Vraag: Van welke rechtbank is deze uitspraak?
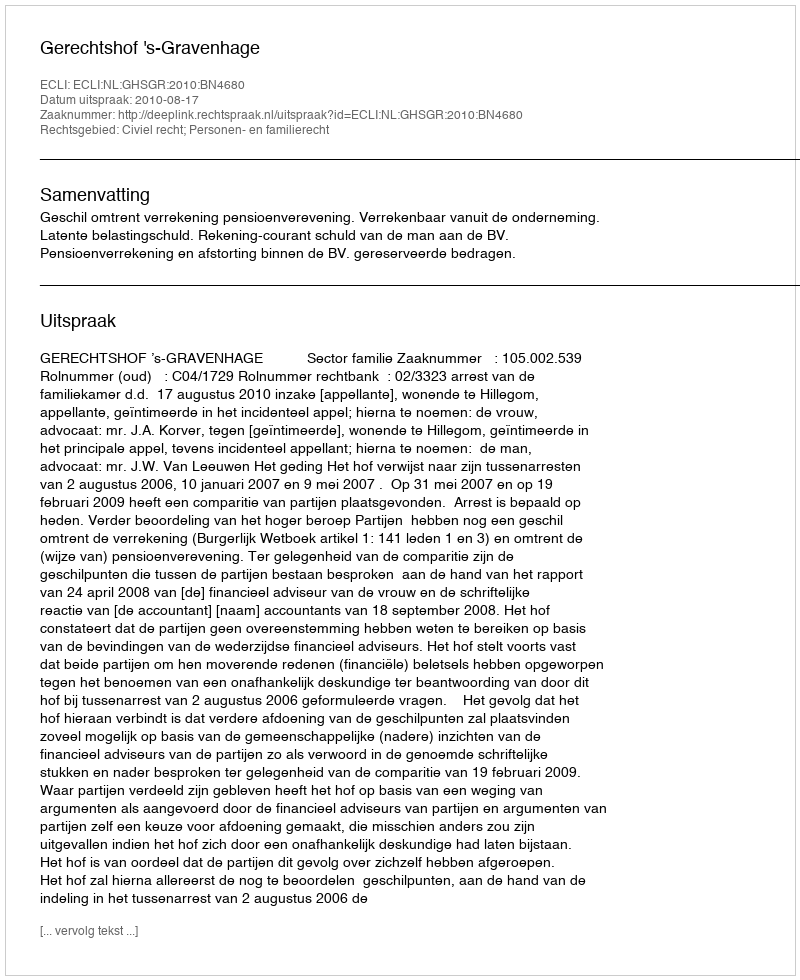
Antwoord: Gerechtshof 's-Gravenhage